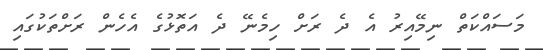
މަސައްކަތް ނިމޭއިރު އެ ދެ ރަށް ހިމެނޭ ދެ އަތޮޅުގެ އެހެން ރަށްތަކުގައި